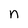
Character: n